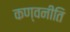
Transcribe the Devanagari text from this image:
कण्वनीति